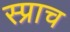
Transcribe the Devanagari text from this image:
स्प्राच